Enquiry on enteric fever in India - Number 32
Disease focus: Fever
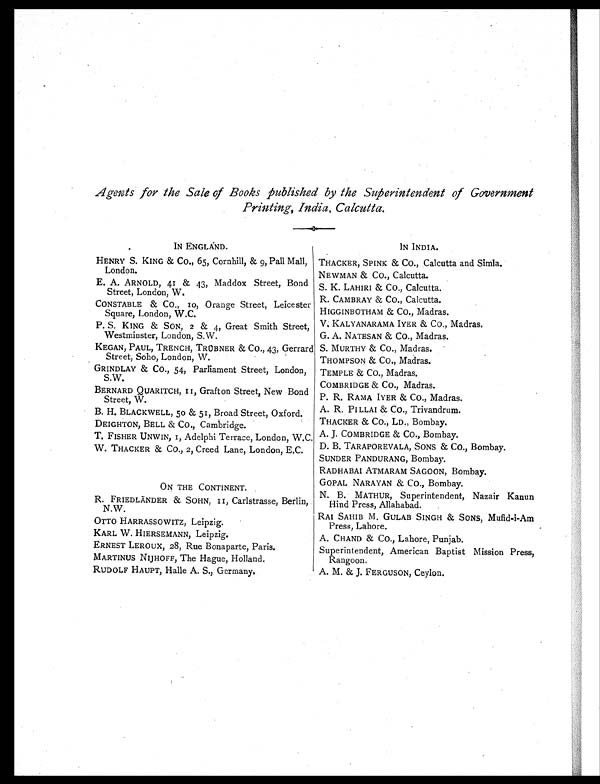
Agents for Me Sale of Books published by Me Superintendent of Government
Printing, India, Calcutta.
IN ENGLAND.
HENRY S. KING & Co., 65, Cornhill, & 9, Pall Mall,
London.
E. A. ARNOLD, 41 & 43, Maddox Street, Bond
Street, London, W.
CONSTABLE & Co. 10, Orange Street, Leicester
Square, London, W. C.
P. S. KING & SON, 2 & 4, Great Smith Street,
Westminster, London, S.W.
KEGAN, PAUL, TRENCH, TRUBNER & Co., 43, Gerrard
Street, Soho, London, W.
GRINDLAY & Co., 54, Parliament Street, London,
S.W.
BERNARD QUARITCH, 11, Grafton Street, New Bond
Street, W.
B. H. BLACKWELL, 50 & 51, Broad Street, Oxford.
DEIGHTON, BELL & Co., Cambridge.
T. FISHER UNWIN, 1, Adelphi Terrace, London, W.C.
W. THACKER & Co., 2, Creed Lane, London, E.C.
ON THE CONTINENT.
R. FRIEDLÄNDER & SOHN, 11, Carlstrasse, Berlin,
N.W.
OTTO HARRASSOWITZ, Leipzig.
KARL W. HIERSEMANN, Leipzig.
ERNEST LEROUX, 28, Rue Bonaparte, Paris.
MARTINUS NIJHOFF, The Hague, Holland.
RUDOLF HAUPT, Halle A. S., Germany.
I N I N D I A .
THACKER, SPINK & Co., Calcutta and Simla.
NEWMAN & Co., Calcutta.
S. K. LAHIRI & Co., Calcutta.
R. CAMBRAY & Co., Calcutta.
HIGGINBOTHAM & Co., Madras.
V. KALYANARAMA IYER & Co., Madras.
G. A. NATESAN & Co., Madras.
S. MURTHY & Co., Madras.
THOMPSON & Co., Madras.
TEMPLE & Co., Madras.
COMBRIDGE & Co., Madras.
P. R. RAMA IYER & Co., Madras.
A. R. PI LLAI & Co., Trivandrum.
THACKER & Co., LD., Bombay.
A. J. COMBRIDGE & Co., Bombay.
D. B. TARAPOREVALA, SONS & Co., Bombay.
SUNDER PANDURANG, Bombay.
RADHABAI ATMARAM SAGOON, Bombay.
GOPAL NARAYAN & Co., Bombay.
N. B. MATHUR, Superintendent, Nazair Kanun
Hind Press, Allahabad.
RAI SAHIB M. GULAB SINGH & SONS ) Mufid-i-Am
Press, Lahore.
A. CHAND & Co., Lahore, Punjab.
Superintendent, American Baptist Mission Press,
Rangoon.
A. M. & J. FERGUSON, Ceylon.